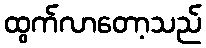
ထွက်လာတော့သည်